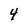
Character: 4